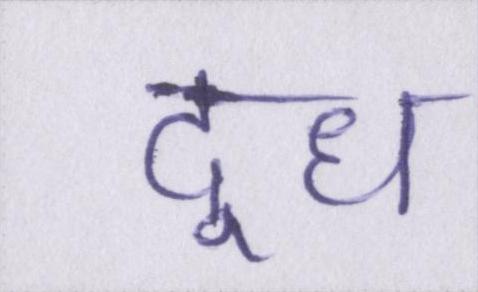
दूध